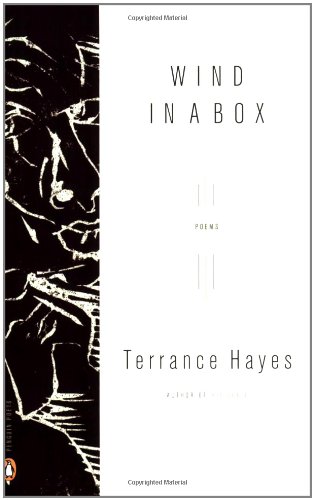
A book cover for Wind in a Box (Poets, Penguin); Terrance Hayes; Literature & Fiction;